Report of the Indian Hemp Drugs Commission, 1894-1895 - Volume VIII
Year: 1894
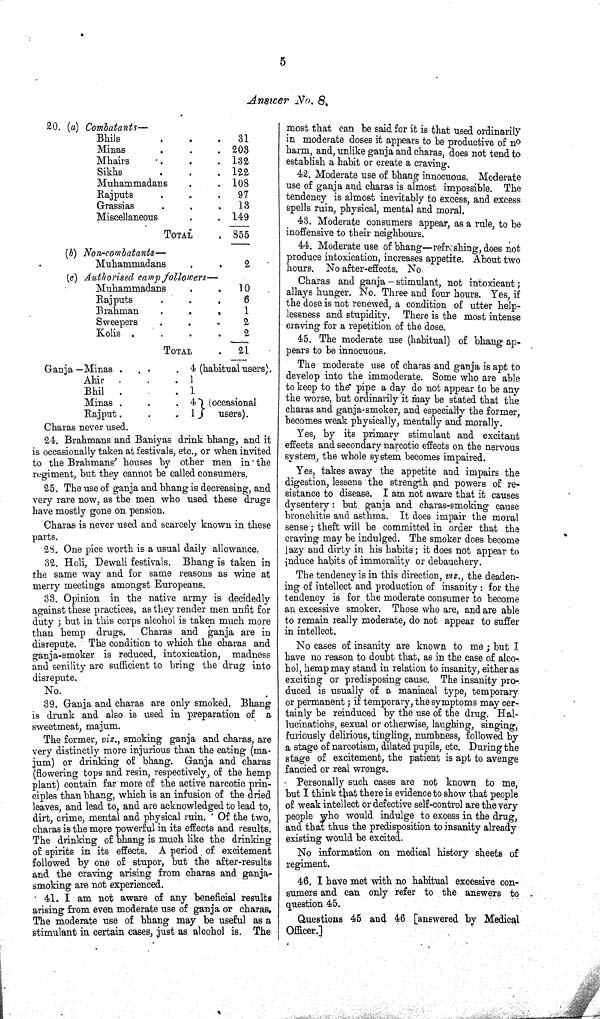
5
Answer No. 8.
20. (a) Combatants—
Bhils
31
Minas
203
Mhairs
132
Sikhs
122
Muhammadans
108
Rajputs
97
Grassias
13
Miscellaneous
149
TOTAL
855
(b) Non-combatants—
Muhammadans
2
(c) Authorised camp followers—
Muhammadans
10
Rajputs
6
Brahman
1
Sweepers
2
Kolis
2
TOTAL
21
Ganja — Minas
4 (habitual users)
Ahir
1
Bhil
1
Minas
4
1
(occasional
users)
Rajput
4
1
(occasional
users)
Charas never used.
24. Brahmans and Baniyas drink bhang, and it
is occasionally taken at festivals, etc., or when invited
to the Brahmans' houses by other men in the
regiment, but they cannot be called consumers.
25. The use of ganja and bhang is decreasing, and
very rare now, as the men who used these drugs
have mostly gone on pension.
Charas is never used and scarcely known in these
parts.
28. One pice worth is a usual daily allowance.
32. Holi, Dewali festivals. Bhang is taken in
the same way and for same reasons as wine at
merry meetings amongst Europeans.
33. Opinion in the native army is decidedly
against these practices, as they render men unfit for
duty; but in this corps alcohol is taken much more
than hemp drugs. Charas and ganja are in
disrepute. The condition to which the charas and
ganja-smoker is reduced, intoxication, madness
and senility are sufficient to bring the drug into
disrepute.
No.
39. Ganja and charas are only smoked. Bhang
is drunk and also is used in preparation of a
sweetmeat, majum.
The former, viz., smoking ganja and charas, are
very distinctly more injurious than the eating (ma-
jum) or drinking of bhang. Ganja and charas
(flowering tops and resin, respectively, of the hemp
plant) contain far more of the active narcotic prin-
ciples than bhang, which is an infusion of the dried
leaves, and lead to, and are acknowledged to lead to,
dirt, crime, mental and physical ruin. Of the two,
charas is the more powerful in its effects and results.
The drinking of bhang is much like the drinking
of spirits in its effects. A period of excitement
followed by one of stupor, but the after-results
and the craving arising from charas and ganja-
smoking are not experienced.
41. I am not aware of any beneficial results
arising from even moderate use of ganja or charas.
The moderate use of bhang may be useful as a
stimulant in certain cases, just as alcohol is. The
most that can be said for it is that used ordinarily
in moderate doses it appears to be productive of no
harm, and, unlike ganja and charas, does not tend to
establish a habit or create a craving.
42. Moderate use of bhang innocuous. Moderate
use of ganja and charas is almost impossible. The
tendency is almost inevitably to excess, and excess
spells ruin, physical, mental and moral.
43. Moderate consumers appear, as a rule, to be
inoffensive to their neighbours.
44. Moderate use of bhang—refreshing, does not
produce intoxication, increases appetite. About two
hours. No after-effects. No.
Charas and ganja—stimulant, not intoxicant;
allays hunger. No. Three and four hours. Yes, if
the dose is not renewed, a condition of utter help-
lessness and stupidity. There is the most intense
craving for a repetition of the dose.
45. The moderate use (habitual) of bhang ap-
pears to be innocuous.
The moderate use of charas and ganja is apt to
develop into the immoderate. Some who are able
to keep to the pipe a day do not appear to be any
the worse, but ordinarily it may be stated that the
charas and ganja-smoker, and especially the former,
becomes weak physically, mentally and morally.
Yes, by its primary stimulant and excitant
effects and secondary narcotic effects on the nervous
system, the whole system becomes impaired.
Yes, takes away the appetite and impairs the
digestion, lessens the strength and powers of re-
sistance to disease. I am not aware that it causes
dysentery: but ganja and charas-smoking cause
bronchitis and asthma. It does impair the moral
sense; theft will be committed in order that the
craving may be indulged. The smoker does become
lazy and dirty in his habits; it does not appear to
induce habits of immorality or debauchery.
The tendency is in this direction, viz., the deaden-
ing of intellect and production of insanity: for the
tendency is for the moderate consumer to become
an excessive smoker. Those who are, and are able
to remain really moderate, do not appear to suffer
in intellect.
No cases of insanity are known to me; but I
have no reason to doubt that, as in the case of alco-
hol, hemp may stand in relation to insanity, either as
exciting or predisposing cause. The insanity pro-
duced is usually of a maniacal type, temporary
or permanent; if temporary, the symptoms may cer-
tainly be reinduced by the use of the drug. Hal-
lucinations, sexual or otherwise, laughing, singing,
furiously delirious, tingling, numbness, followed by
a stage of narcotism, dilated pupils, etc. During the
stage of excitement, the patient is apt to avenge
fancied or real wrongs.
Personally such cases are not known to me,
but I think that there is evidence to show that people
of weak intellect or defective self-control are the very
people who would indulge to excess in the drug,
and that thus the predisposition to insanity already
existing would be excited.
No information on medical history sheets of
regiment.
46. I have met with no habitual excessive con-
sumers and can only refer to the answers to
question 45.
Questions 45 and 46 [answered by Medical
Officer.]